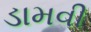
ડામવી